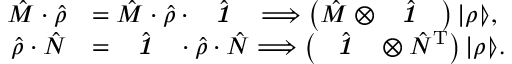
\begin{array} { r l } { \hat { M } \cdot \hat { \rho } } & { = \hat { M } \cdot \hat { \rho } \cdot \hat { \textbf { \textit { 1 } } \, } \Longrightarrow \left( \hat { M } \otimes \hat { \textbf { \textit { 1 } } \, } \right) | \rho \rrangle , } \\ { \hat { \rho } \cdot \hat { N } } & { = \hat { \textbf { \textit { 1 } } \, } \cdot \hat { \rho } \cdot \hat { N } \Longrightarrow \left( \hat { \textbf { \textit { 1 } } \, } \otimes \hat { N } ^ { \mathrm { T } } \right) | \rho \rrangle . } \end{array}